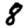
Digit: 8